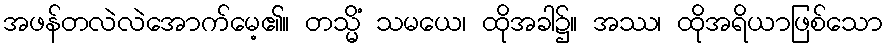
အဖန်တလဲလဲအောက်မေ့၏။ တသ္မိံ သမယေ၊ ထိုအခါ၌။ အဿ၊ ထိုအရိယာဖြစ်သော